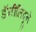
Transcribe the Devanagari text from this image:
डॅनीलिदूने